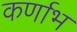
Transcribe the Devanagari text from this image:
कर्णाभ